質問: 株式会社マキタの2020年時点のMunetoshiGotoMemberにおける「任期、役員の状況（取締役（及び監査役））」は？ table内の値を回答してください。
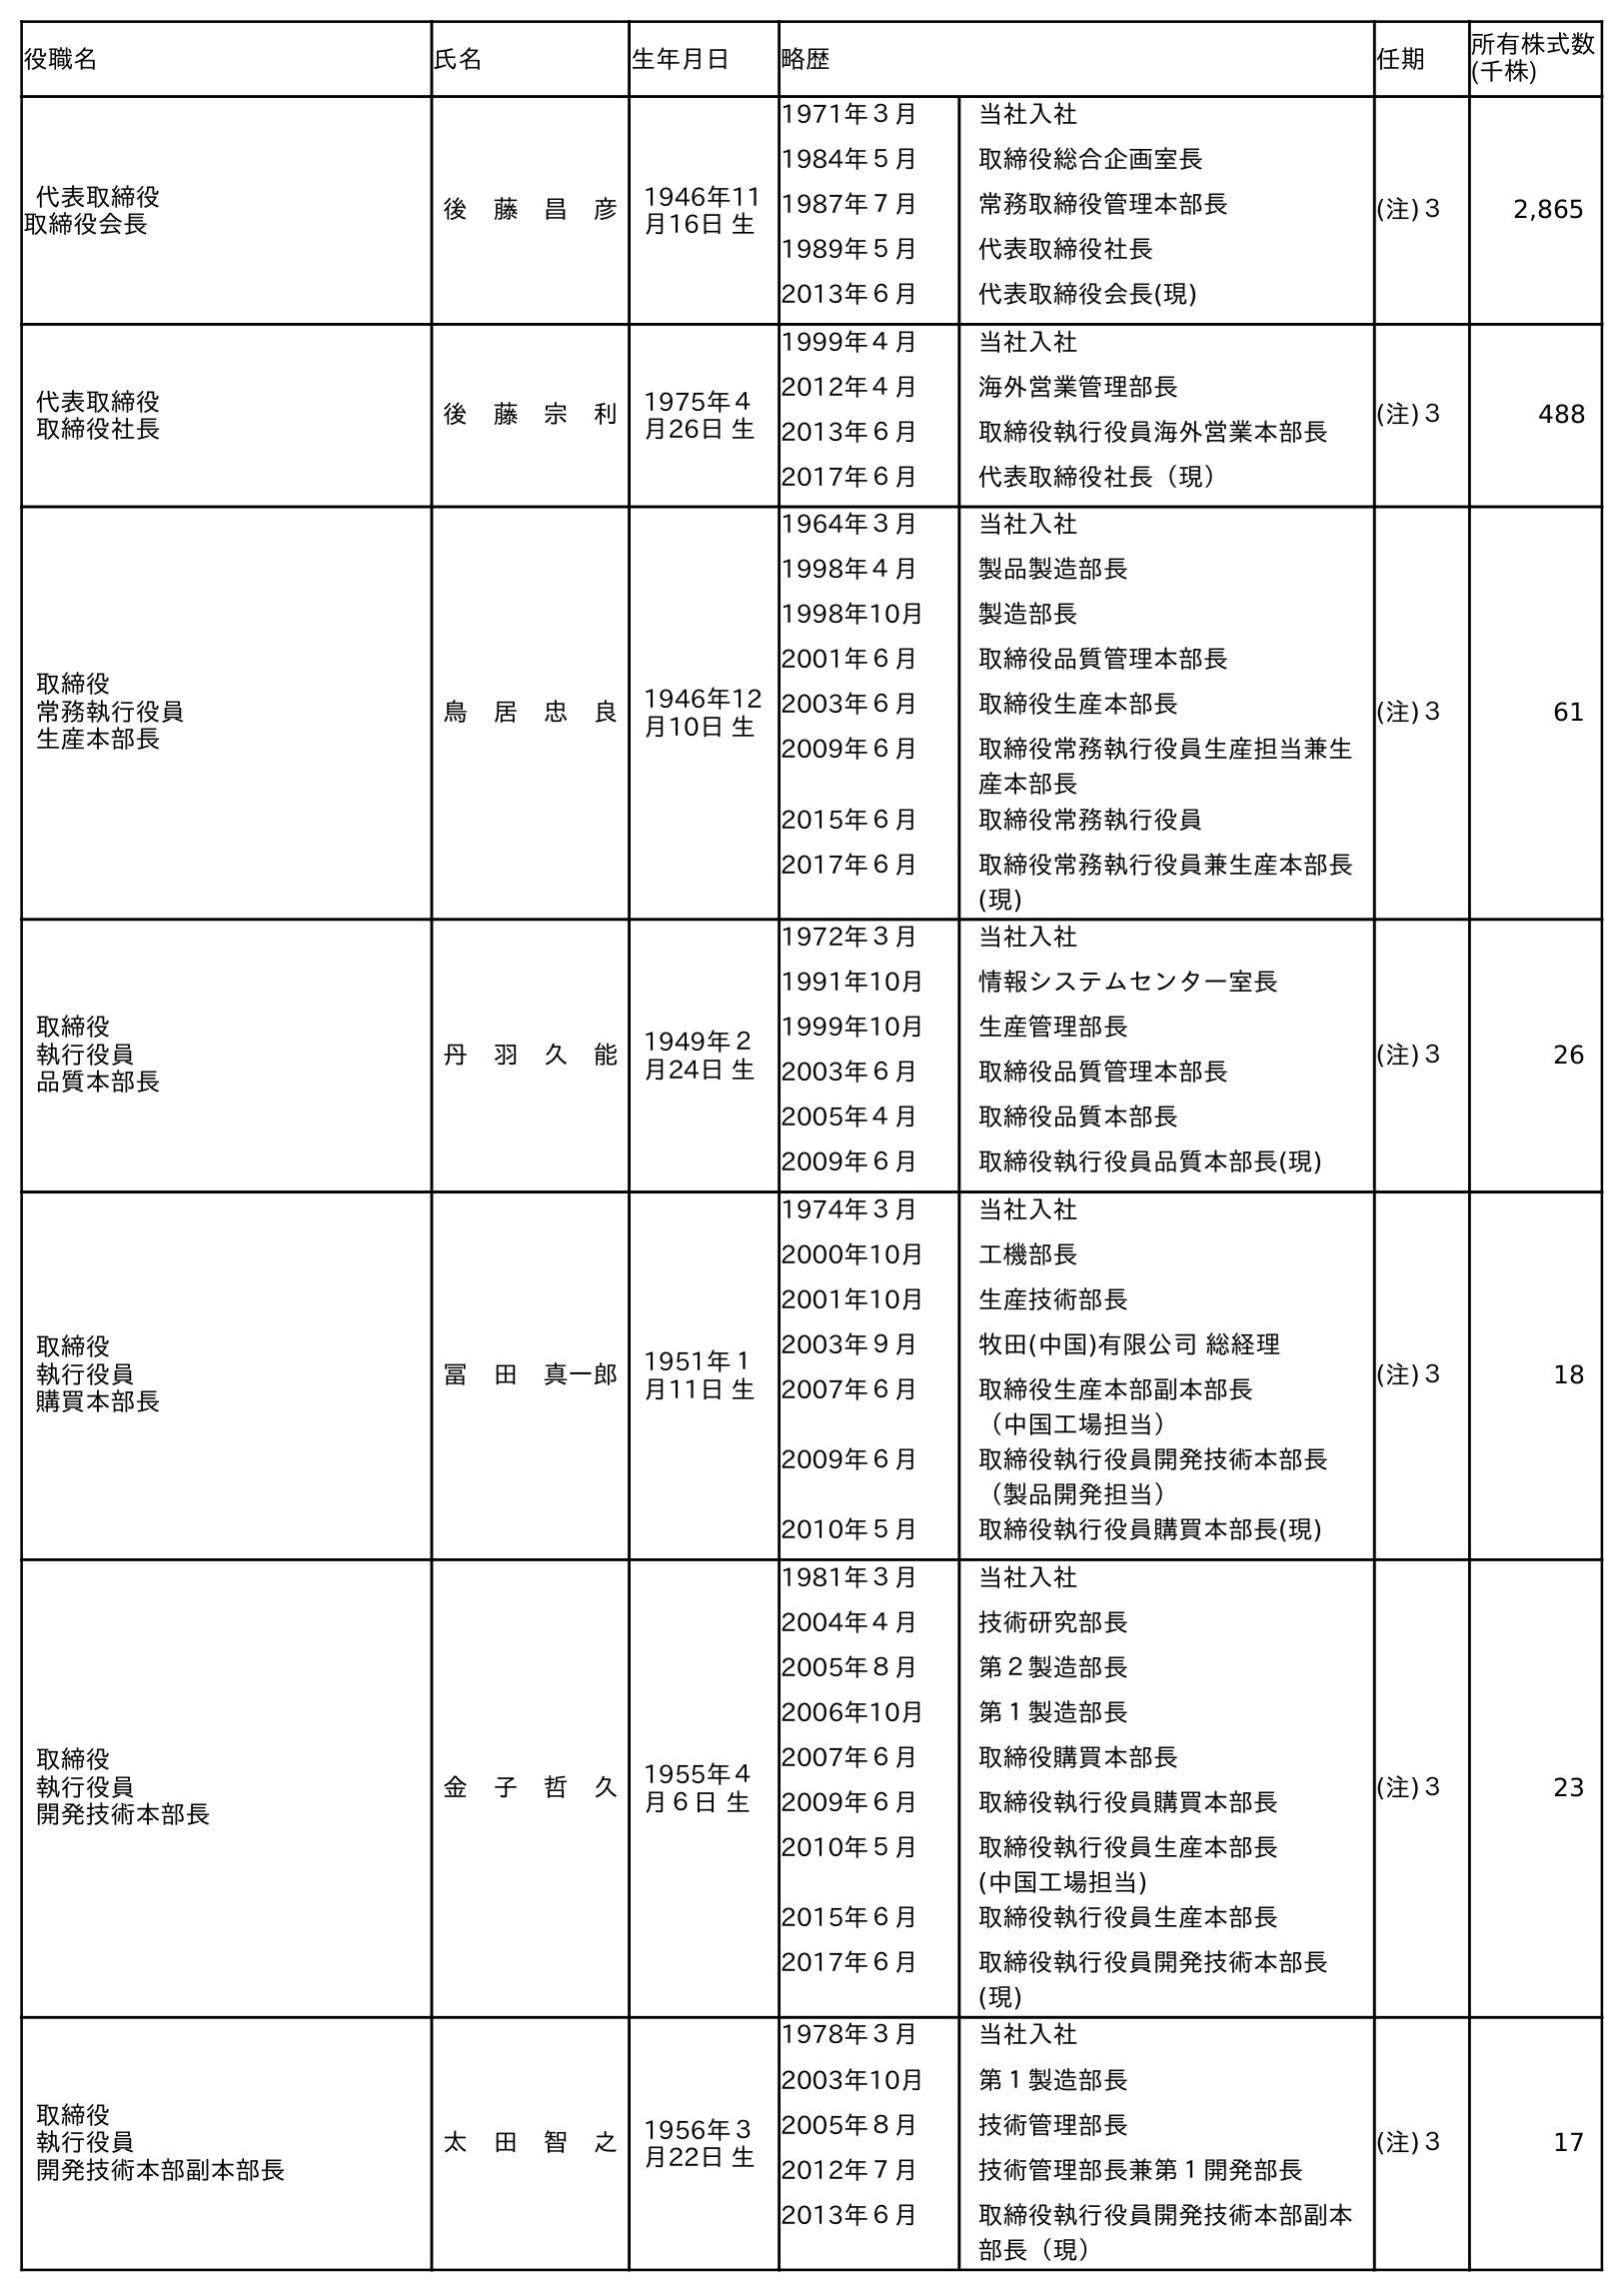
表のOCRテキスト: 役職名 氏名 生年月日 略歴 任期 所有株式数 (千株) 代表取締役 取締役会長 後 藤 昌 彦 1946年11 月16日 生 1971年３月 当社入社 1984年５月 取締役総合企画室長 1987年７月 常務取締役管理本部長 1989年５月 代表取締役社長 2013年６月 代表取締役会長(現) (注)３ 2,865 代表取締役 取締役社長 後 藤 宗 利 1975年４ 月26日 生 1999年４月 当社入社 2012年４月 海外営業管理部長 2013年６月 取締役執行役員海外営業本部長 2017年６月 代表取締役社長（現） (注)３ 488 取締役 常務執行役員 生産本部長 鳥 居 忠 良 1946年12 月10日 生 1964年３月 当社入社 1998年４月 製品製造部長 1998年10月 製造部長 2001年６月 取締役品質管理本部長 2003年６月 取締役生産本部長 2009年６月 取締役常務執行役員生産担当兼生 産本部長 2015年６月 取締役常務執行役員 2017年６月 取締役常務執行役員兼生産本部長 (現) (注)３ 61 取締役 執行役員 品質本部長 丹 羽 久 能 1949年２ 月24日 生 1972年３月 当社入社 1991年10月 情報システムセンター室長 1999年10月 生産管理部長 2003年６月 取締役品質管理本部長 2005年４月 取締役品質本部長 2009年６月 取締役執行役員品質本部長(現) (注)３ 26 取締役 執行役員 購買本部長 冨 田 真一郎 1951年１ 月11日 生 1974年３月 当社入社 2000年10月 工機部長 2001年10月 生産技術部長 2003年９月 牧田(中国)有限公司 総経理 2007年６月 取締役生産本部副本部長 （中国工場担当） 2009年６月 取締役執行役員開発技術本部長 （製品開発担当） 2010年５月 取締役執行役員購買本部長(現) (注)３ 18 取締役 執行役員 開発技術本部長 金 子 哲 久 1955年４ 月６日 生 1981年３月 当社入社 2004年４月 技術研究部長 2005年８月 第２製造部長 2006年10月 第１製造部長 2007年６月 取締役購買本部長 2009年６月 取締役執行役員購買本部長 2010年５月 取締役執行役員生産本部長 (中国工場担当) 2015年６月 取締役執行役員生産本部長 2017年６月 取締役執行役員開発技術本部長 (現) (注)３ 23 取締役 執行役員 開発技術本部副本部長 太 田 智 之 1956年３ 月22日 生 1978年３月 当社入社 2003年10月 第１製造部長 2005年８月 技術管理部長 2012年７月 技術管理部長兼第１開発部長 2013年６月 取締役執行役員開発技術本部副本 部長（現） (注)３ 17
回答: (注)３